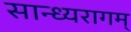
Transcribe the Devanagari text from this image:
सान्ध्यरागम्